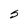
Character: S